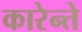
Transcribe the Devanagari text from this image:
कारेन्ते